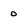
Character: 0